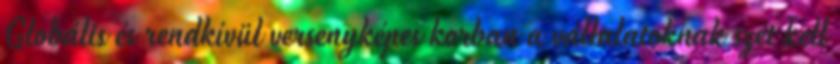
Globális és rendkívül versenyképes korban a vállalatoknak szét kell